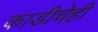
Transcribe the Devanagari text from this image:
काडीचेही